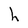
Character: h